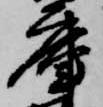
庫